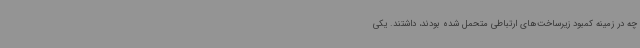
چه در زمینه کمبود زیرساخت‌های ارتباطی متحمل شده بودند، داشتند. یکی